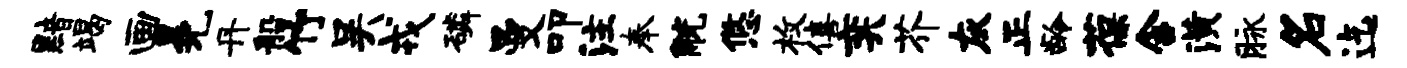
黯竭画冕丹船竹吴戎磷曼叩注奉觥悠枚僖奕芥灰正龄葆含潢脉名迄